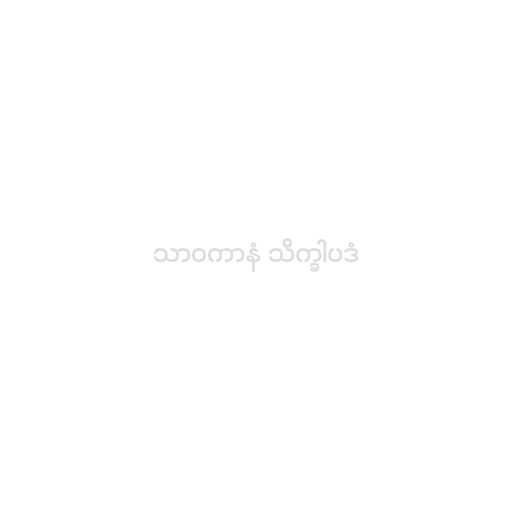
သာဝကာနံ သိက္ခါပဒံ